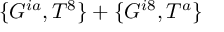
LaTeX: \{ G ^ { i a } , T ^ { 8 } \} + \{ G ^ { i 8 } , T ^ { a } \}